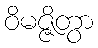
ဝိမဇ္ဇိတွာ